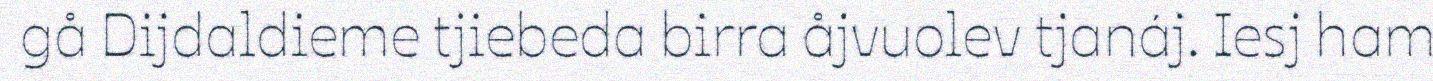
gå Dijdaldieme tjiebeda birra åjvuolev tjanáj. Iesj ham